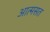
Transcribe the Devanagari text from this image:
आत्मसत